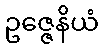
ဥဇ္ဇေနိယံ